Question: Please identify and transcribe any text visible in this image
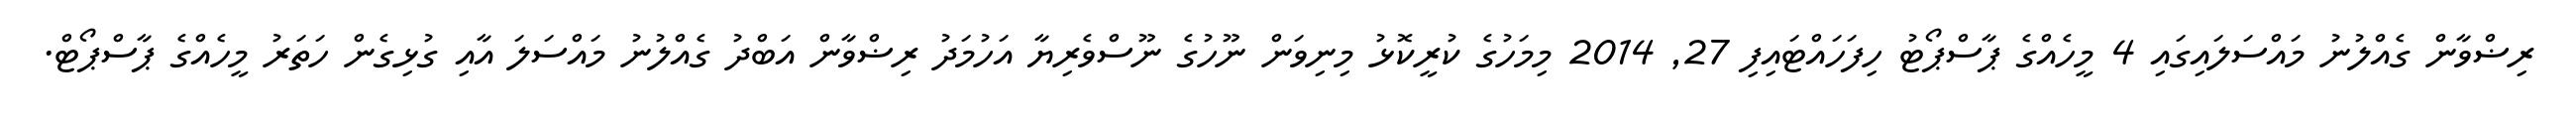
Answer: ރިޟްވާން ގެއްލުނު މައްސަލައިގައި 4 މީހެއްގެ ޕާސްޕޯޓު ހިފަހައްޓައިފި 27, 2014 މިމަހުގެ ކުރީކޮޅު މިނިވަން ނޫހުގެ ނޫސްވެރިޔާ އަހުމަދު ރިޟްވާން އަބްދު ގެއްލުނު މައްސަލަ އާއި ގުޅިގެން ހަތަރު މީހެއްގެ ޕާސްޕޯޓް.